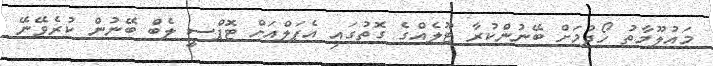
މައުލޫމާތު ހޯދުމަށް ބޭނުންކުރާ ޓޫލެއްގެ ގޮތުގައި އެޕަލްއަށް ޓޮޕްސީ ލެބް ބޭނުން ކުރެވޭނޭ